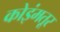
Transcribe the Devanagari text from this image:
कोइंमतूर